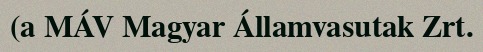
(a MÁV Magyar Államvasutak Zrt.